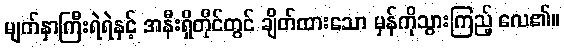
မျက်နှာကြီးရဲရဲနှင့် အနီးရှိတိုင်တွင် ချိတ်ထားသော မှန်ကိုသွားကြည့် လေ၏။